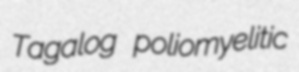
Tagalog poliomyelitic